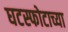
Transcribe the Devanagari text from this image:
घटस्फोटाच्या